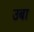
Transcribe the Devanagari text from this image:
उबा